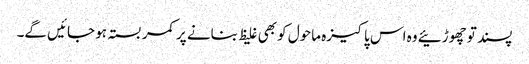
پسند تو چھوڑئیے وہ اس پاکیزہ ماحول کو بھی غلیظ بنانے پر کمر بستہ ہو جائیں گے۔